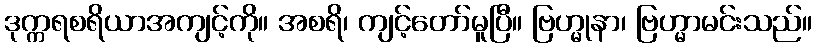
ဒုက္ကရစရိယာအကျင့်ကို။ အစရိ၊ ကျင့်တော်မူပြီ။ ဗြဟ္မုနာ၊ ဗြဟ္မာမင်းသည်။